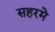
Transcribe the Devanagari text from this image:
सहरमे